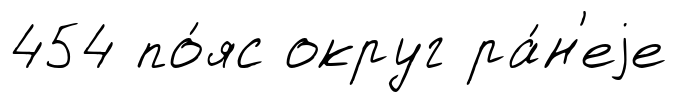
454 по́яс округ ра́н'еjе